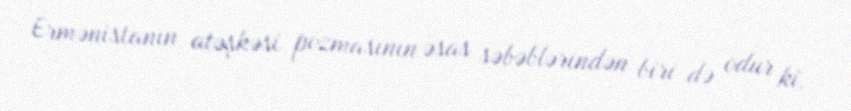
Ermənistanın atəşkəsi pozmasının əsas səbəblərindən biri də odur ki,